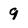
Character: 9